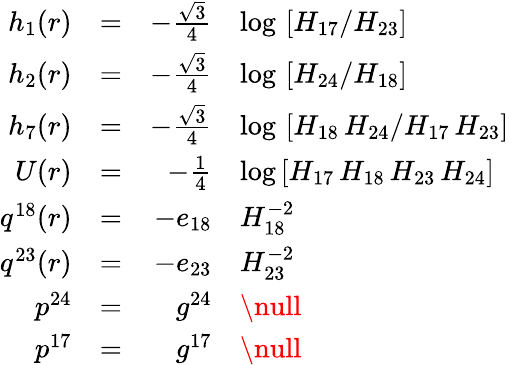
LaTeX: \begin{array}{rcrl}{{h_{1}(r)}}&{{=}}&{{-\frac{\sqrt{3}}{4}}}&{{\log\, \left[H_{17}/H_{23}\right]}}\\ {{h_{2}(r)}}&{{=}}&{{-\frac{\sqrt{3}}{4}}}&{{\log\, \left[H_{24}/H_{18}\right]}}\\ {{h_{7}(r)}}&{{=}}&{{-\frac{\sqrt{3}}{4}}}&{{\log\, \left[H_{18}\, H_{24}/H_{17}\, H_{23}\right]}}\\ {{U(r)}}&{{=}}&{{-\frac{1}{4}}}&{{\log\left[H_{17}\, H_{18}\, H_{23}\, H_{24}\right]}}\\ {{q^{18}(r)}}&{{=}}&{{-e_{18}}}&{{H_{18}^{-2}}}\\ {{q^{23}(r)}}&{{=}}&{{-e_{23}}}&{{H_{23}^{-2}}}\\ {{p^{24}}}&{{=}}&{{g^{24}}}&{{\null}}\\ {{p^{17}}}&{{=}}&{{g^{17}}}&{{\null}}\end{array}